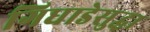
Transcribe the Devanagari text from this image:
गिधाडेसुद्धा